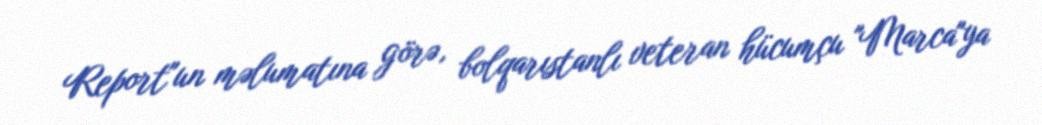
Report"un məlumatına görə, bolqarıstanlı veteran hücumçu "Marca"ya